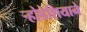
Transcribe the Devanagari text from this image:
र्‍होडेशियाने